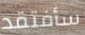
سأفتقد